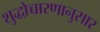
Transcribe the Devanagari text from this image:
शुद्धोच्चारणानुसार